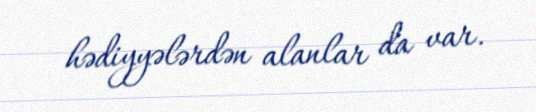
hədiyyələrdən alanlar da var.